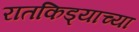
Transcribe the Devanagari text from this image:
रातकिड्याच्या